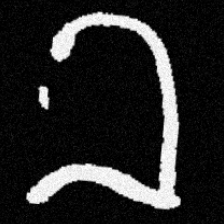
Pyu character \u2014 Myanmar letter: ခ (romanized: kha)